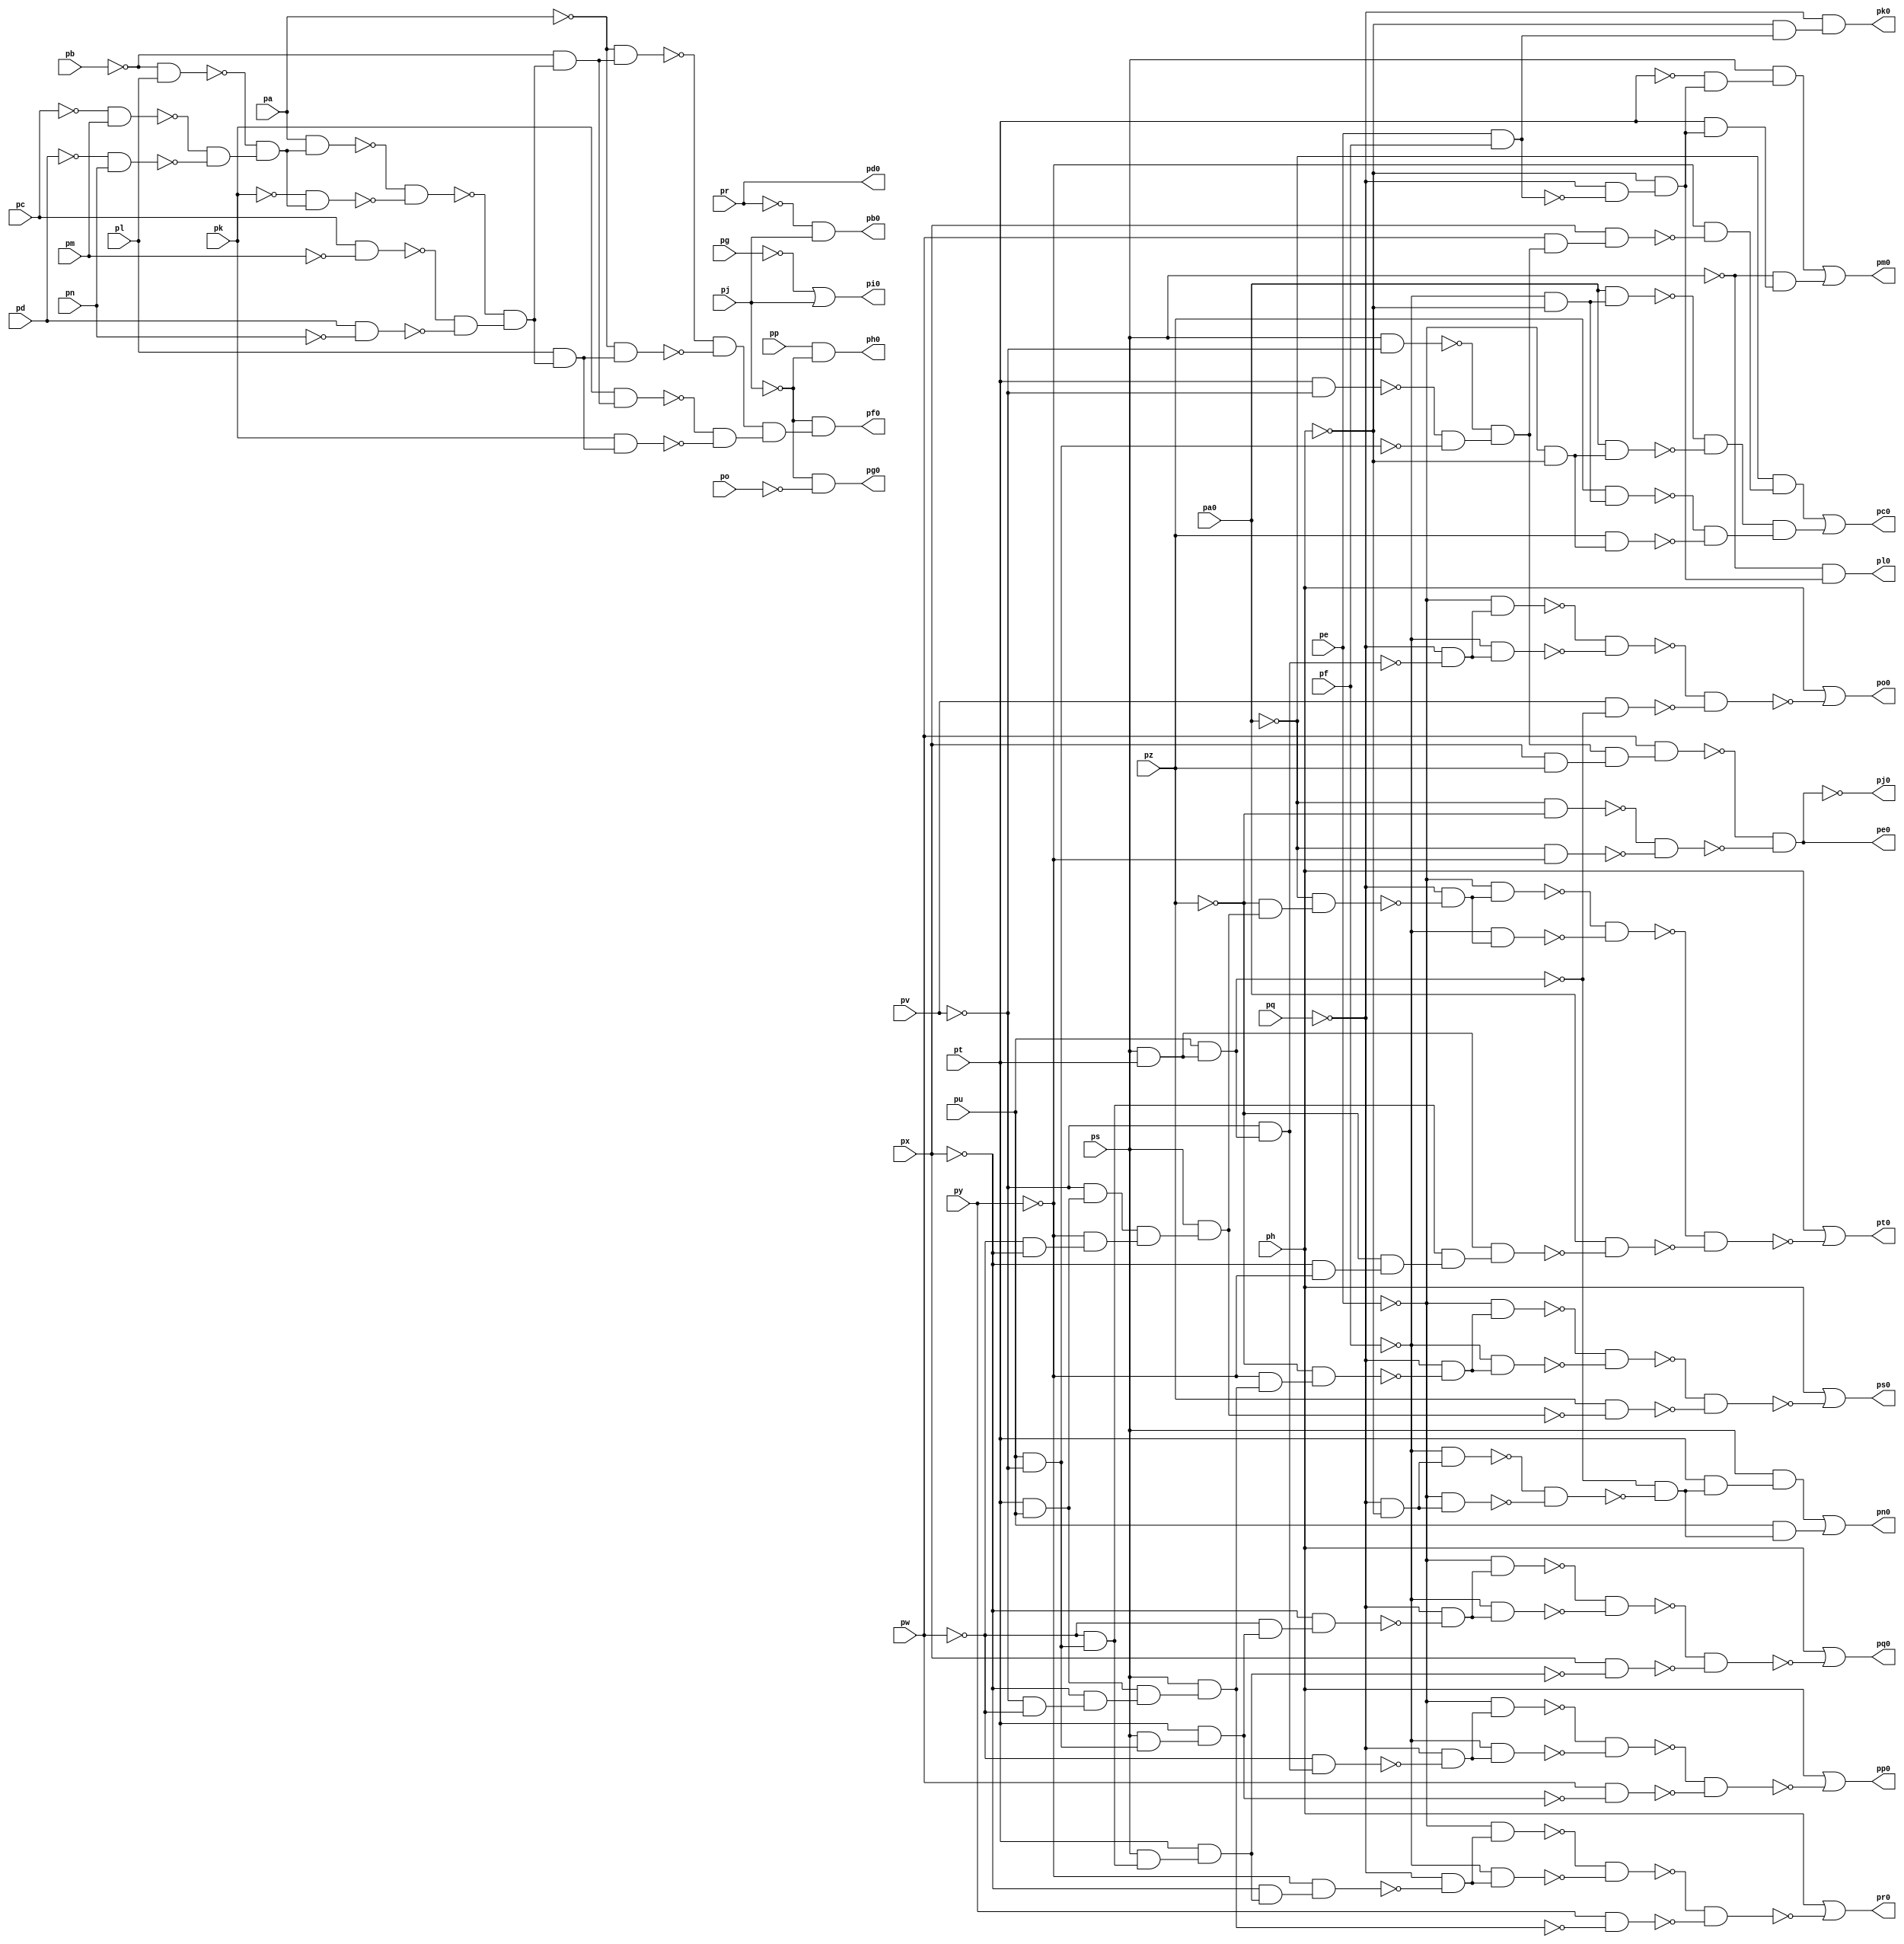
module top ( 
    pp, pa0, pq, pr, ps, pt, pu, pv, pw, px, py, pz, pa, pb, pc, pd, pe,
    pf, pg, ph, pj, pk, pl, pm, pn, po,
    pb0, pc0, pd0, pe0, pf0, pg0, ph0, pi0, pj0, pk0, pl0, pm0, pn0, po0,
    pp0, pq0, pr0, ps0, pt0  );
  input  pp, pa0, pq, pr, ps, pt, pu, pv, pw, px, py, pz, pa, pb, pc, pd,
    pe, pf, pg, ph, pj, pk, pl, pm, pn, po;
  output pb0, pc0, pd0, pe0, pf0, pg0, ph0, pi0, pj0, pk0, pl0, pm0, pn0, po0,
    pp0, pq0, pr0, ps0, pt0;
  wire new_n47_, new_n48_, new_n49_, new_n50_, new_n51_, new_n52_, new_n53_,
    new_n54_, new_n55_, new_n56_, new_n57_, new_n58_, new_n59_, new_n60_,
    new_n61_, new_n62_, new_n63_, new_n64_, new_n66_, new_n67_, new_n68_,
    new_n69_, new_n70_, new_n71_, new_n73_, new_n74_, new_n75_, new_n76_,
    new_n77_, new_n78_, new_n79_, new_n80_, new_n81_, new_n82_, new_n83_,
    new_n84_, new_n85_, new_n86_, new_n87_, new_n88_, new_n89_, new_n90_,
    new_n91_, new_n92_, new_n93_, new_n98_, new_n99_, new_n101_, new_n102_,
    new_n104_, new_n105_, new_n106_, new_n107_, new_n109_, new_n110_,
    new_n111_, new_n112_, new_n113_, new_n114_, new_n115_, new_n116_,
    new_n117_, new_n118_, new_n120_, new_n121_, new_n122_, new_n123_,
    new_n124_, new_n125_, new_n126_, new_n128_, new_n129_, new_n130_,
    new_n131_, new_n132_, new_n133_, new_n134_, new_n135_, new_n136_,
    new_n138_, new_n139_, new_n140_, new_n141_, new_n142_, new_n143_,
    new_n144_, new_n145_, new_n146_, new_n147_, new_n148_, new_n150_,
    new_n151_, new_n152_, new_n153_, new_n154_, new_n155_, new_n156_,
    new_n157_, new_n158_, new_n159_, new_n160_, new_n161_, new_n162_,
    new_n164_, new_n165_, new_n166_, new_n167_, new_n168_, new_n169_,
    new_n170_, new_n171_, new_n172_, new_n173_, new_n174_, new_n175_,
    new_n176_, new_n178_, new_n179_, new_n180_, new_n181_, new_n182_,
    new_n183_, new_n184_, new_n185_, new_n186_, new_n187_, new_n188_,
    new_n189_;
  assign pb0 = ~pr & pj;
  assign new_n47_ = pt & ~pv;
  assign new_n48_ = pu & ~pv;
  assign new_n49_ = ps & ~pv;
  assign new_n50_ = ~new_n47_ & ~new_n48_;
  assign new_n51_ = ~new_n49_ & new_n50_;
  assign new_n52_ = pw & new_n51_;
  assign new_n53_ = px & new_n52_;
  assign new_n54_ = ~py & ~new_n53_;
  assign new_n55_ = ~pa0 & new_n54_;
  assign new_n56_ = ~pf & ~ph;
  assign new_n57_ = pa0 & new_n56_;
  assign new_n58_ = ~pe & ~ph;
  assign new_n59_ = pa0 & new_n58_;
  assign new_n60_ = pz & new_n56_;
  assign new_n61_ = pz & new_n58_;
  assign new_n62_ = ~new_n57_ & ~new_n59_;
  assign new_n63_ = ~new_n60_ & ~new_n61_;
  assign new_n64_ = new_n62_ & new_n63_;
  assign pc0 = new_n55_ | new_n64_;
  assign new_n66_ = px & pz;
  assign new_n67_ = new_n51_ & new_n66_;
  assign new_n68_ = pw & new_n67_;
  assign new_n69_ = ~pa0 & ~pz;
  assign new_n70_ = ~pa0 & ~py;
  assign new_n71_ = ~new_n69_ & ~new_n70_;
  assign pe0 = ~new_n68_ & ~new_n71_;
  assign new_n73_ = pc & ~pm;
  assign new_n74_ = pd & ~pn;
  assign new_n75_ = ~pc & pm;
  assign new_n76_ = ~pd & pn;
  assign new_n77_ = ~pb & pl;
  assign new_n78_ = ~new_n75_ & ~new_n76_;
  assign new_n79_ = ~new_n77_ & new_n78_;
  assign new_n80_ = pa & new_n79_;
  assign new_n81_ = ~pk & new_n79_;
  assign new_n82_ = ~new_n80_ & ~new_n81_;
  assign new_n83_ = ~new_n73_ & ~new_n74_;
  assign new_n84_ = ~new_n82_ & new_n83_;
  assign new_n85_ = ~pb & new_n84_;
  assign new_n86_ = ~pa & new_n85_;
  assign new_n87_ = pl & new_n84_;
  assign new_n88_ = ~pa & new_n87_;
  assign new_n89_ = pk & new_n85_;
  assign new_n90_ = pk & new_n87_;
  assign new_n91_ = ~new_n86_ & ~new_n88_;
  assign new_n92_ = ~new_n89_ & ~new_n90_;
  assign new_n93_ = new_n91_ & new_n92_;
  assign pf0 = ~pj & new_n93_;
  assign pg0 = ~pj & ~po;
  assign ph0 = pp & ~pj;
  assign pi0 = ~pg | pj;
  assign new_n98_ = pe & pf;
  assign new_n99_ = ~ph & new_n98_;
  assign pk0 = ~pq & new_n99_;
  assign new_n101_ = ~pq & ~new_n98_;
  assign new_n102_ = ~ph & new_n101_;
  assign pl0 = ~ps & new_n102_;
  assign new_n104_ = ~pt & new_n102_;
  assign new_n105_ = ps & new_n104_;
  assign new_n106_ = pt & new_n102_;
  assign new_n107_ = ~ps & new_n106_;
  assign pm0 = new_n105_ | new_n107_;
  assign new_n109_ = ps & pt;
  assign new_n110_ = pu & new_n109_;
  assign new_n111_ = ~pq & ~ph;
  assign new_n112_ = ~pf & new_n111_;
  assign new_n113_ = ~pe & new_n111_;
  assign new_n114_ = ~new_n112_ & ~new_n113_;
  assign new_n115_ = ~new_n110_ & ~new_n114_;
  assign new_n116_ = pt & new_n115_;
  assign new_n117_ = ps & new_n116_;
  assign new_n118_ = pu & new_n115_;
  assign pn0 = new_n117_ | new_n118_;
  assign new_n120_ = ~pv & new_n110_;
  assign new_n121_ = ~pq & ~new_n120_;
  assign new_n122_ = ~pe & new_n121_;
  assign new_n123_ = ~pf & new_n121_;
  assign new_n124_ = ~new_n122_ & ~new_n123_;
  assign new_n125_ = pv & ~new_n110_;
  assign new_n126_ = ~new_n124_ & ~new_n125_;
  assign po0 = ph | ~new_n126_;
  assign new_n128_ = ~pw & new_n120_;
  assign new_n129_ = ~pq & ~new_n128_;
  assign new_n130_ = ~pe & new_n129_;
  assign new_n131_ = ~pf & new_n129_;
  assign new_n132_ = ~new_n130_ & ~new_n131_;
  assign new_n133_ = ps & new_n48_;
  assign new_n134_ = pt & new_n133_;
  assign new_n135_ = pw & ~new_n134_;
  assign new_n136_ = ~new_n132_ & ~new_n135_;
  assign pp0 = ph | ~new_n136_;
  assign new_n138_ = ~pw & new_n134_;
  assign new_n139_ = ~px & new_n138_;
  assign new_n140_ = ~pq & ~new_n139_;
  assign new_n141_ = ~pe & new_n140_;
  assign new_n142_ = ~pf & new_n140_;
  assign new_n143_ = ~new_n141_ & ~new_n142_;
  assign new_n144_ = ~pw & new_n48_;
  assign new_n145_ = ps & new_n144_;
  assign new_n146_ = pt & new_n145_;
  assign new_n147_ = px & ~new_n146_;
  assign new_n148_ = ~new_n143_ & ~new_n147_;
  assign pq0 = ph | ~new_n148_;
  assign new_n150_ = ~px & new_n146_;
  assign new_n151_ = ~py & new_n150_;
  assign new_n152_ = ~pq & ~new_n151_;
  assign new_n153_ = ~pe & new_n152_;
  assign new_n154_ = ~pf & new_n152_;
  assign new_n155_ = ~new_n153_ & ~new_n154_;
  assign new_n156_ = pt & pu;
  assign new_n157_ = ~pv & ~pw;
  assign new_n158_ = ~px & new_n157_;
  assign new_n159_ = new_n156_ & new_n158_;
  assign new_n160_ = ps & new_n159_;
  assign new_n161_ = py & ~new_n160_;
  assign new_n162_ = ~new_n155_ & ~new_n161_;
  assign pr0 = ph | ~new_n162_;
  assign new_n164_ = ~py & new_n160_;
  assign new_n165_ = ~pz & new_n164_;
  assign new_n166_ = ~pq & ~new_n165_;
  assign new_n167_ = ~pe & new_n166_;
  assign new_n168_ = ~pf & new_n166_;
  assign new_n169_ = ~new_n167_ & ~new_n168_;
  assign new_n170_ = ~pv & new_n156_;
  assign new_n171_ = ~pw & ~px;
  assign new_n172_ = ~py & new_n171_;
  assign new_n173_ = new_n170_ & new_n172_;
  assign new_n174_ = ps & new_n173_;
  assign new_n175_ = pz & ~new_n174_;
  assign new_n176_ = ~new_n169_ & ~new_n175_;
  assign ps0 = ph | ~new_n176_;
  assign new_n178_ = ~pz & new_n174_;
  assign new_n179_ = ~pa0 & new_n178_;
  assign new_n180_ = ~pq & ~new_n179_;
  assign new_n181_ = ~pe & new_n180_;
  assign new_n182_ = ~pf & new_n180_;
  assign new_n183_ = ~new_n181_ & ~new_n182_;
  assign new_n184_ = ~px & ~py;
  assign new_n185_ = ~pz & new_n184_;
  assign new_n186_ = new_n144_ & new_n185_;
  assign new_n187_ = new_n109_ & new_n186_;
  assign new_n188_ = pa0 & ~new_n187_;
  assign new_n189_ = ~new_n183_ & ~new_n188_;
  assign pt0 = ph | ~new_n189_;
  assign pj0 = ~pe0;
  assign pd0 = pr;
endmodule